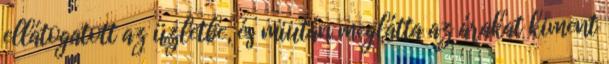
ellátogatott az üzletbe, és miután meglátta az árakat kiment